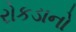
રોકડાનો